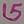
Text: 15